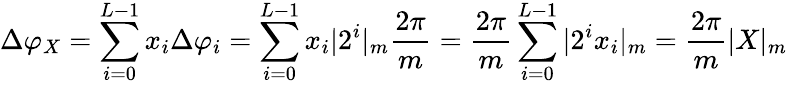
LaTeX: \Delta\varphi_{X}=\sum_{i=0}^{L-1}x_{i}\Delta\varphi_{i}=\sum_{i=0}^{L-1}x_{i}|2^{i}|_{m}\frac{2\pi}{m}=\frac{2\pi}{m}\sum_{i=0}^{L-1}|2^{i}x_{i}|_{m}=\frac{2\pi}{m}|X|_{m}